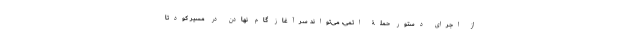
از اجرای دستور حملۀ اتمی، می‌تواند سرآغاز گام نهادن در مسیر کودتا